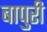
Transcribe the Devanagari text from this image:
बापुरी